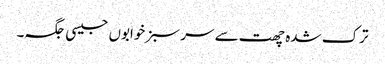
ترک شدہ چھت سے سر سبز خوابوں جیسی جگہ۔